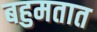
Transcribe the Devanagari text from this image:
बहुमतात